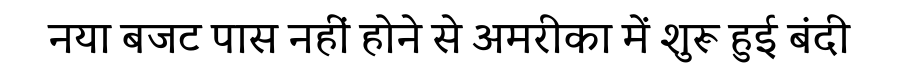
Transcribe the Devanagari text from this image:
नया बजट पास नहीं होने से अमरीका में शुरू हुई बंदी